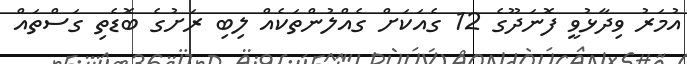
އުމަރު ވިދާޅުވީ ފޮނަދޫގެ 12 ގެއަކަށް ގެއްލުންތަކެއް ލިބި ރަށުގެ ބޮޑެތި ގަސްތައް